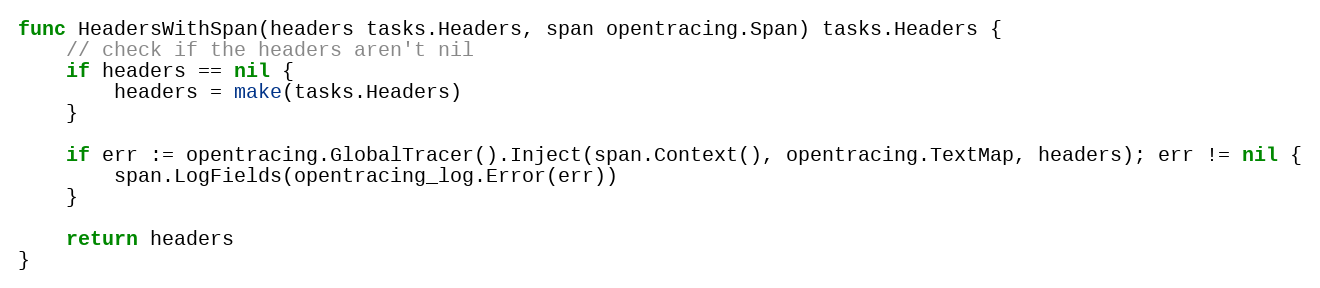
Language: Go
func HeadersWithSpan(headers tasks.Headers, span opentracing.Span) tasks.Headers {
	// check if the headers aren't nil
	if headers == nil {
		headers = make(tasks.Headers)
	}

	if err := opentracing.GlobalTracer().Inject(span.Context(), opentracing.TextMap, headers); err != nil {
		span.LogFields(opentracing_log.Error(err))
	}

	return headers
}